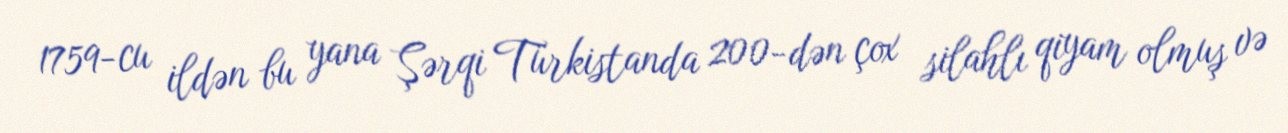
1759-cu ildən bu yana Şərqi Türkistanda 200-dən çox silahlı qiyam olmuş və